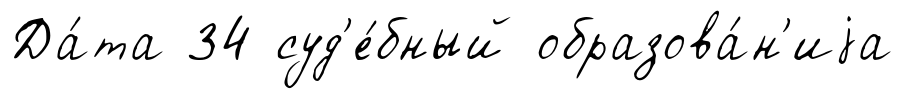
Да́та 34 суд'е́бный образова́н'иjа